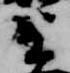
生